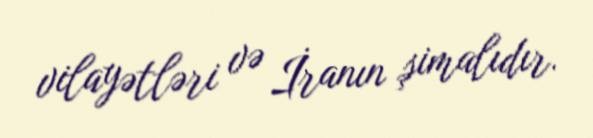
vilayətləri və İranın şimalıdır.